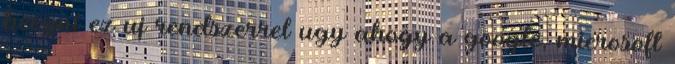
beegni ez uj rendszerrel ugy ahogy a google, microsoft